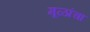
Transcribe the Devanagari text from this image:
मूळांचा